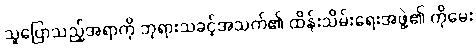
သူပြောသည့်အရာကို ဘုရားသခင့်အသက်၏ ထိန်းသိမ်းရေးအဖွဲ့၏ ကိုမေး